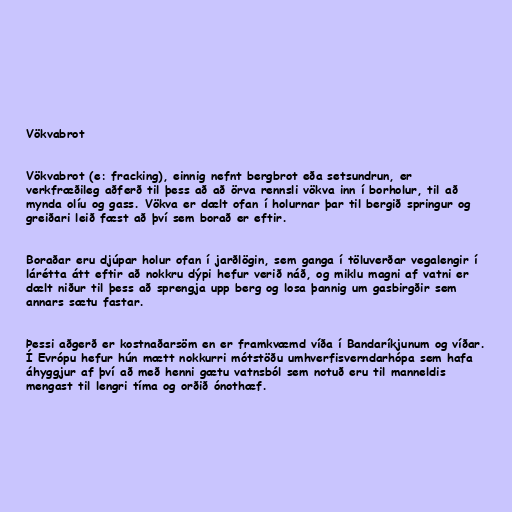
Vökvabrot

Vökvabrot (e: fracking), einnig nefnt bergbrot eða setsundrun, er
verkfræðileg aðferð til þess að að örva rennsli vökva inn í borholur, til að
mynda olíu og gass. Vökva er dælt ofan í holurnar þar til bergið springur og
greiðari leið fæst að því sem borað er eftir.

Boraðar eru djúpar holur ofan í jarðlögin, sem ganga í töluverðar vegalengir í
lárétta átt eftir að nokkru dýpi hefur verið náð, og miklu magni af vatni er
dælt niður til þess að sprengja upp berg og losa þannig um gasbirgðir sem
annars sætu fastar.

Þessi aðgerð er kostnaðarsöm en er framkvæmd víða í Bandaríkjunum og víðar.
Í Evrópu hefur hún mætt nokkurri mótstöðu umhverfisverndarhópa sem hafa
áhyggjur af því að með henni gætu vatnsból sem notuð eru til manneldis
mengast til lengri tíma og orðið ónothæf.